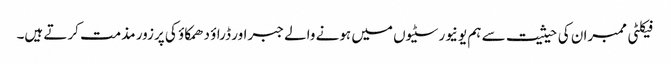
فیکلٹی ممبران کی حیثیت سے ہم یونیورسٹیوں میں ہونے والے جبراور ڈراؤ دھمکاؤ کی پرزور مذمت کرتے ہیں۔